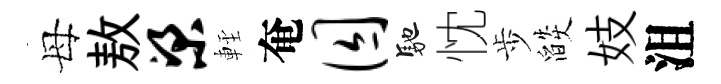
母敖梁䡖奄囚馳忱歩燄妓沮